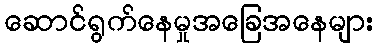
ဆောင်ရွက်နေမှုအခြေအနေများ